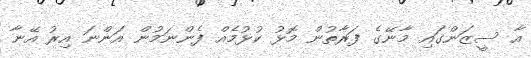
އާ ސީޒަންގައި މާނޭގެ ފަރާތުން މޮޅު ކުޅުމެއް ފެންނަމުން އަންނަ އިރު އޭނާ